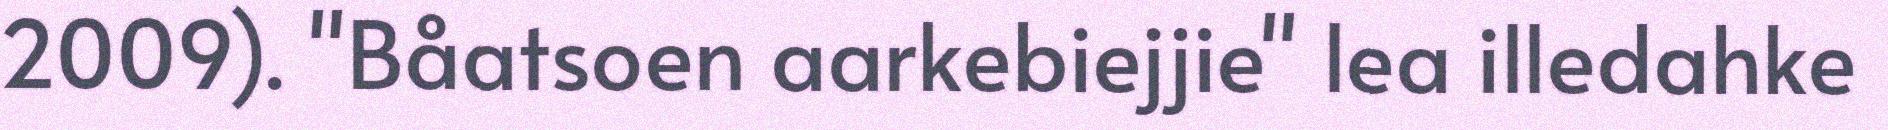
2009). "Båatsoen aarkebiejjie" lea illedahke